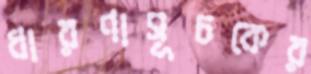
ধারণাসূচকের